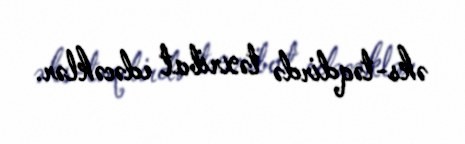
əks-təqdirdə təxribat edəcəklər.